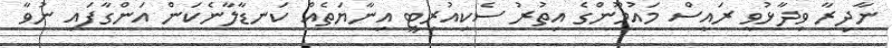
ނާދިރާ ވިދާޅުވީ ރައީސް މައުމޫންގެ އިތުރު ސެކިއުރިޓީ އިނާޔަތެއް ކަނޑާލާނެކަން އަންގާފައި ނުވާ